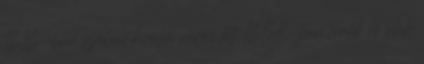
1616-ban szabad királyi város lett. 1658-ban török és oláh